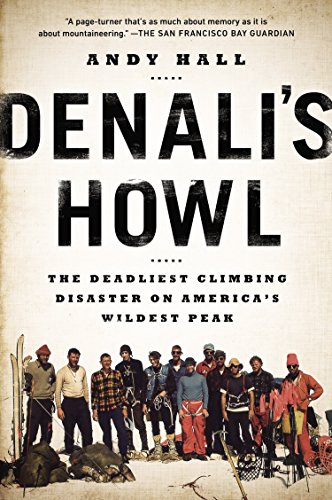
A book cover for Denali's Howl: The Deadliest Climbing Disaster on America's Wildest Peak; Andy Hall; Sports & Outdoors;